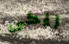
ريكى